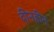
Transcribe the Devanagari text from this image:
दीनहीन